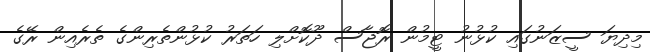
މިދިޔަ ސީޒަނުގައި ކުޅުނު ޓީމުން ރޮޖާސް ދޫކޮށްލި ހަތަރު ކުޅުންތެރިންގެ ތެރެއިން ރޭގެ